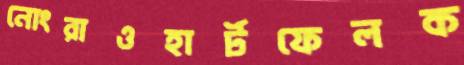
নোংরাওহার্টফেলক